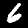
Digit: 6